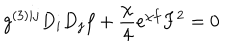
g ^ { ( 3 ) i j } D _ { i } D _ { j } f + \frac { \chi } { 4 } e ^ { \chi f } F ^ { 2 } = 0